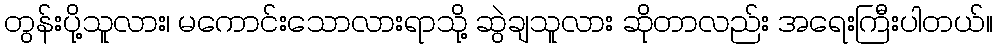
တွန်းပို့သူလား၊ မကောင်းသောလားရာသို့ ဆွဲချသူလား ဆိုတာလည်း အရေးကြီးပါတယ်။